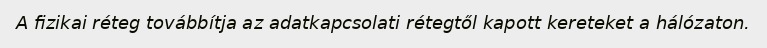
A fizikai réteg továbbítja az adatkapcsolati rétegtől kapott kereteket a hálózaton.